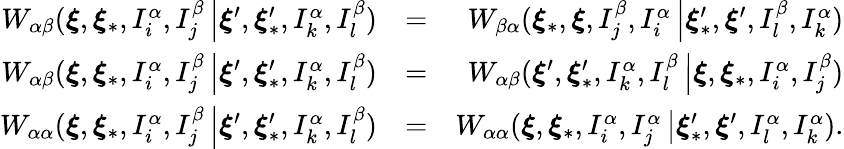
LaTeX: \begin{array}{rlr}{W_{\alpha\beta}(\boldsymbol{\xi},\boldsymbol{\xi}_{\ast},I_{i}^{\alpha},I_{j}^{\beta}\left\vert\boldsymbol{\xi}^{\prime},\boldsymbol{\xi}_{\ast}^{\prime},I_{k}^{\alpha},I_{l}^{\beta}\right.)}&{=}&{W_{\beta\alpha}(\boldsymbol{\xi}_{\ast},\boldsymbol{\xi},I_{j}^{\beta},I_{i}^{\alpha}\left\vert\boldsymbol{\xi}_{\ast}^{\prime},\boldsymbol{\xi}^{\prime},I_{l}^{\beta},I_{k}^{\alpha}\right.)}\\ {W_{\alpha\beta}(\boldsymbol{\xi},\boldsymbol{\xi}_{\ast},I_{i}^{\alpha},I_{j}^{\beta}\left\vert\boldsymbol{\xi}^{\prime},\boldsymbol{\xi}_{\ast}^{\prime},I_{k}^{\alpha},I_{l}^{\beta}\right.)}&{=}&{W_{\alpha\beta}(\boldsymbol{\xi}^{\prime},\boldsymbol{\xi}_{\ast}^{\prime},I_{k}^{\alpha},I_{l}^{\beta}\left\vert\boldsymbol{\xi},\boldsymbol{\xi}_{\ast},I_{i}^{\alpha},I_{j}^{\beta}\right.)}\\ {W_{\alpha\alpha}(\boldsymbol{\xi},\boldsymbol{\xi}_{\ast},I_{i}^{\alpha},I_{j}^{\beta}\left\vert\boldsymbol{\xi}^{\prime},\boldsymbol{\xi}_{\ast}^{\prime},I_{k}^{\alpha},I_{l}^{\beta}\right.)}&{=}&{W_{\alpha\alpha}(\boldsymbol{\xi},\boldsymbol{\xi}_{\ast},I_{i}^{\alpha},I_{j}^{\alpha}\left\vert\boldsymbol{\xi}_{\ast}^{\prime},\boldsymbol{\xi}^{\prime},I_{l}^{\alpha},I_{k}^{\alpha}\right.)\mathrm{.}}\end{array}